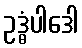
ဥဒ္ဓံပါဒေါ